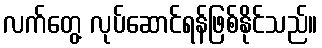
လက်တွေ့ လုပ်ဆောင်ရန်ဖြစ်နိုင်သည်။